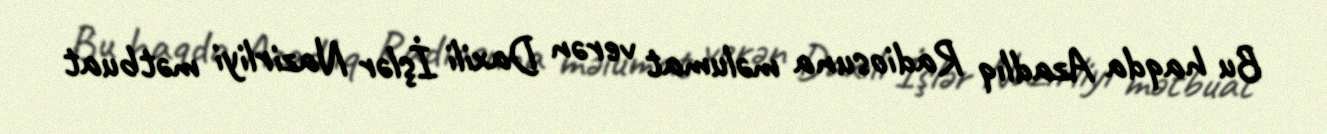
Bu haqda Azadlıq Radiosuna məlumat verən Daxili İşlər Nazirliyi mətbuat